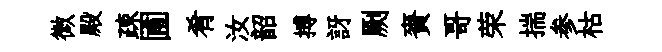
微殿疎圃肴汝韶搏訝劂賚哥荣揣参枯